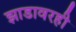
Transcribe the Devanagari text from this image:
झाडावरही